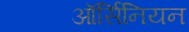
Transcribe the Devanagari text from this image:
ऑर्सिनियन